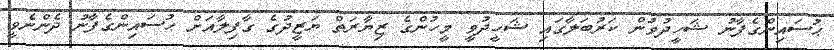
ޙުސައިންގެފާނު ޝަހީދުވުން ކަރުބަލާގައި ޝަހީދުވީ މީހުންގެ ޒިޔާރަތް ޔަޒީދުގެ ގާފިލާއަށް ޙުސައިންގެފާނު ދެންނެވީ